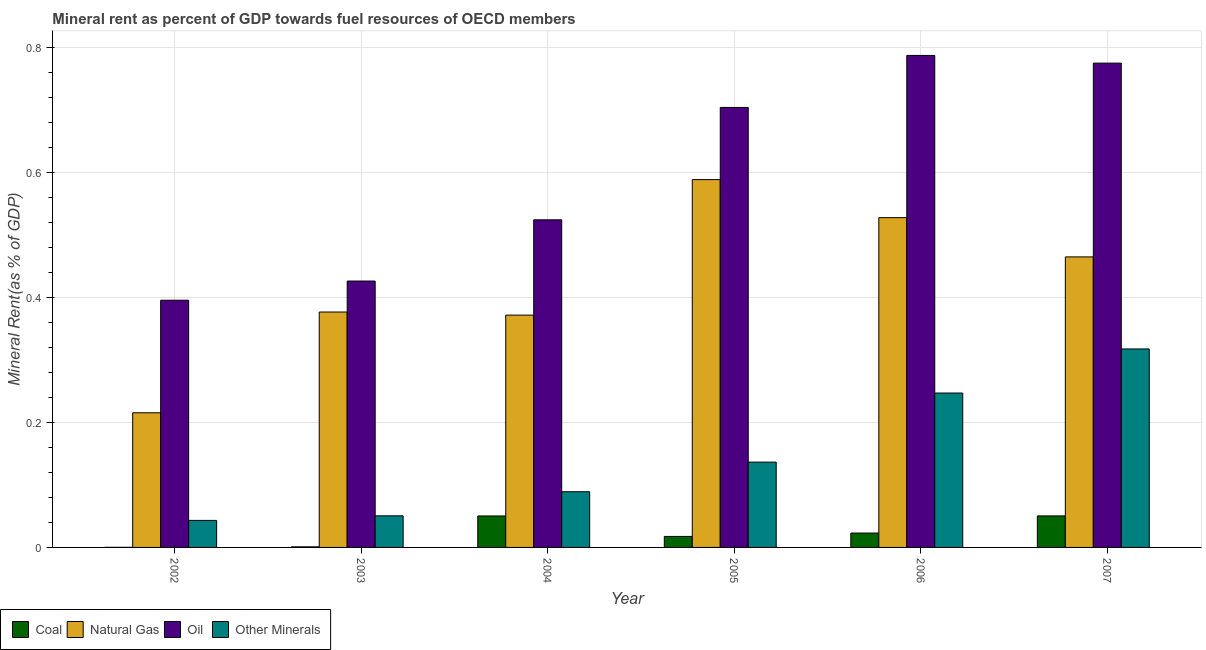
| Year | Coal | Natural Gas | Oil | Other Minerals |
 | --- | --- | --- | --- | --- |
 | 2002 | 0.000145 | 0.215 | 0.395 | 0.0432 |
 | 2003 | 0.000923 | 0.376 | 0.426 | 0.0505 |
 | 2004 | 0.0503 | 0.372 | 0.524 | 0.0891 |
 | 2005 | 0.0176 | 0.588 | 0.704 | 0.136 |
 | 2006 | 0.023 | 0.527 | 0.787 | 0.247 |
 | 2007 | 0.0504 | 0.465 | 0.775 | 0.317 |